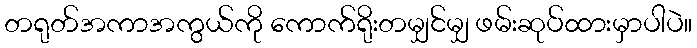
တရုတ်အကာအကွယ်ကို ကောက်ရိုးတမျှင်မျှ ဖမ်းဆုပ်ထားမှာပါပဲ။